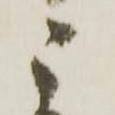
ニ